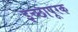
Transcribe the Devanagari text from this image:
इच्छापूरक